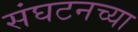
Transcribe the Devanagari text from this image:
संघटनच्या